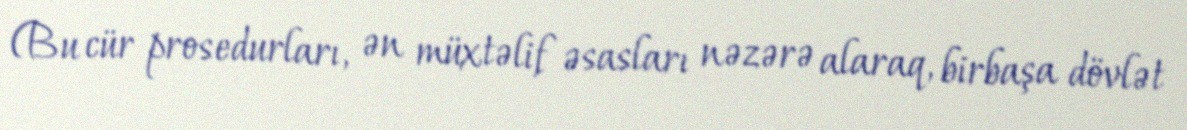
(Bu cür prosedurları, ən müxtəlif əsasları nəzərə alaraq, birbaşa dövlət